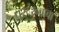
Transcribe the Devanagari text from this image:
पुरूरव्याचा